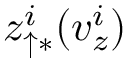
z _ { \uparrow \ast } ^ { i } ( v _ { z } ^ { i } )